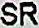
SR